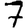
Digit: 7